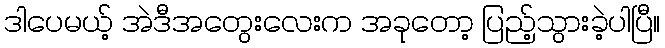
ဒါပေမယ့် အဲဒီအတွေးလေးက အခုတော့ ပြည့်သွားခဲ့ပါပြီ။